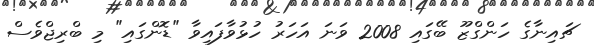
ޗައިނާގެ ހަންގްޒޫ ބޭގައި 2008 ވަނަ އަހަރު ހުޅުވާފައިވާ "ޑޮންގައި" މި ބްރިޖްވެސް